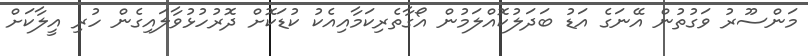
މަންސޫރު ވަގުތުން އޭނަގެ އަޑު ބަދަލުކޮއްލަމުން އޯގާތެރިކަމާއިއެކު ކުޑަކޮށް ދޮޮރުހުޅުވާލައިގެން ހުރި އީލާކަށް